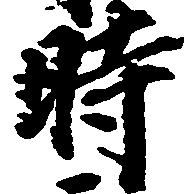
時